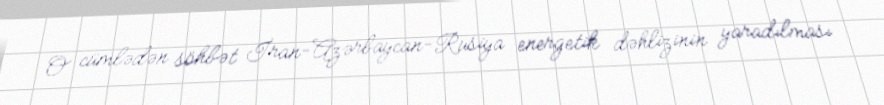
O cümlədən söhbət İran-Azərbaycan-Rusiya energetik dəhlizinin yaradılması